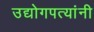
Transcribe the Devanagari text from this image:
उद्योगपत्यांनी